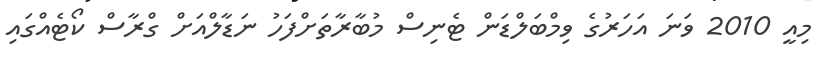
މިއީ 2010 ވަނަ އަހަރުގެ ވިމްބަލްޑަން ޓެނިސް މުބާރާތަށްފަހު ނަޑާލްއަށް ގްރާސް ކޯޓެއްގައި